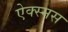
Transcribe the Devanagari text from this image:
ऐक्स्मस